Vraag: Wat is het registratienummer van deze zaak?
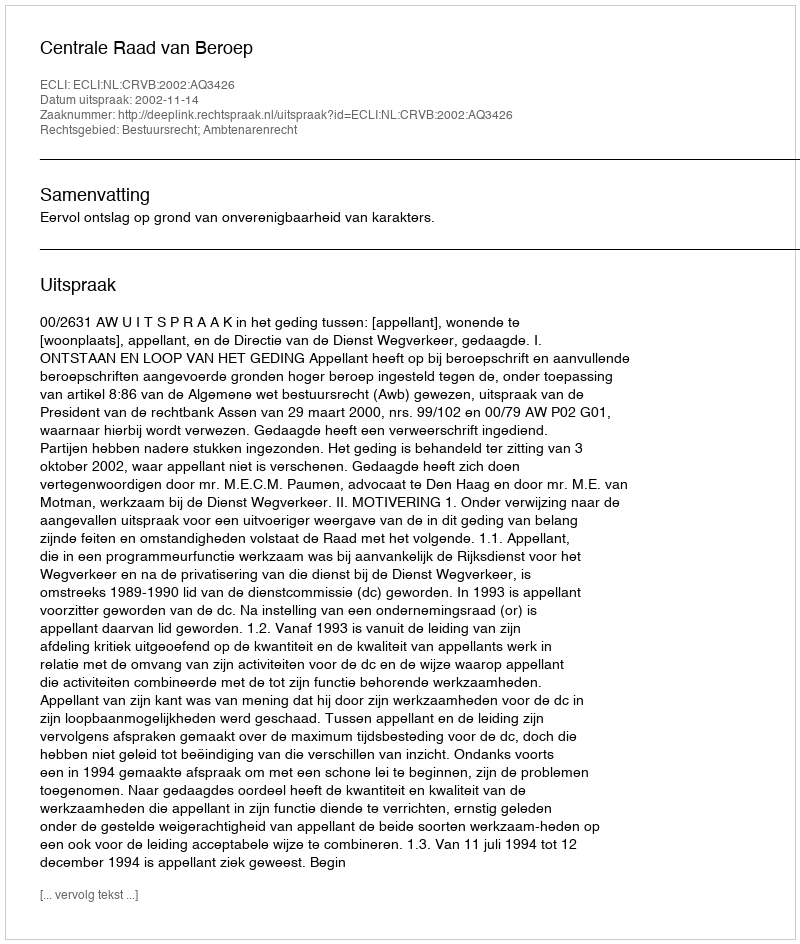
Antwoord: http://deeplink.rechtspraak.nl/uitspraak?id=ECLI:NL:CRVB:2002:AQ3426